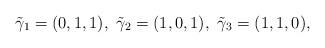
LaTeX: \begin{align*}\tilde{\gamma}_1=(0,1,1), \ \tilde{\gamma}_2=(1,0,1), \ \tilde{\gamma}_3=(1,1,0),\end{align*}